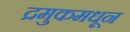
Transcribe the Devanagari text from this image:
द्रमुकमधून